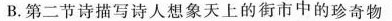
B.第二节诗描写诗人想象天上的街市中的珍奇物